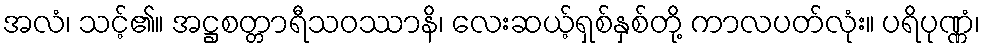
အလံ၊ သင့်၏။ အဋ္ဌစတ္တာရီသဝဿာနိ၊ လေးဆယ့်ရှစ်နှစ်တို့ ကာလပတ်လုံး။ ပရိပုဏ္ဏံ၊